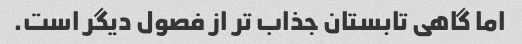
اما گاهی تابستان جذاب تر از فصول دیگر است.